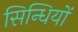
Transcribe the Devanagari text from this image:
सिन्धियों